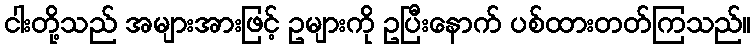
ငါးတို့သည် အများအားဖြင့် ဥများကို ဥပြီးနောက် ပစ်ထားတတ်ကြသည်။